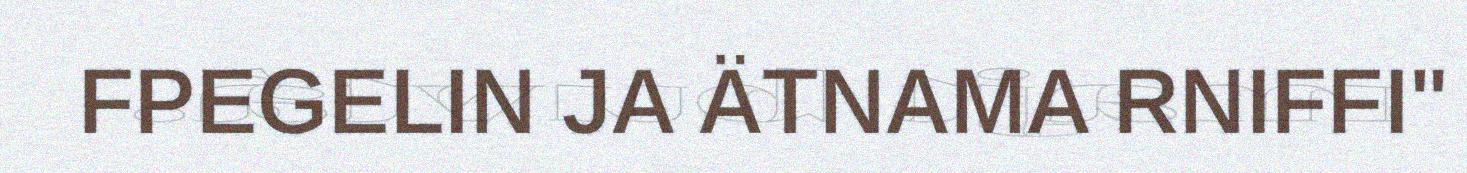
FPEGELIN JA ÄTNAMA RNIFFI"